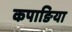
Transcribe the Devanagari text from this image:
कपाङिया